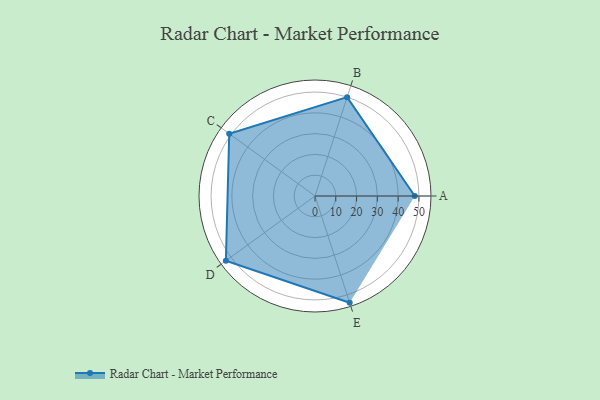
{"axis": {"x": "Skill", "y": "Score"}, "legend": ["Profile"], "data": [{"x": "A", "y": 48.0, "type": "Profile"}, {"x": "B", "y": 50.0, "type": "Profile"}, {"x": "C", "y": 51.0, "type": "Profile"}, {"x": "D", "y": 53.0, "type": "Profile"}, {"x": "E", "y": 54.0, "type": "Profile"}]}